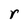
Character: r